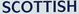
SCOTTISH